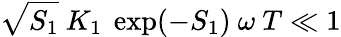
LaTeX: \sqrt{S_{1}}\ K_{1}\ \exp(-S_{1})\ \omega\ T\ll 1